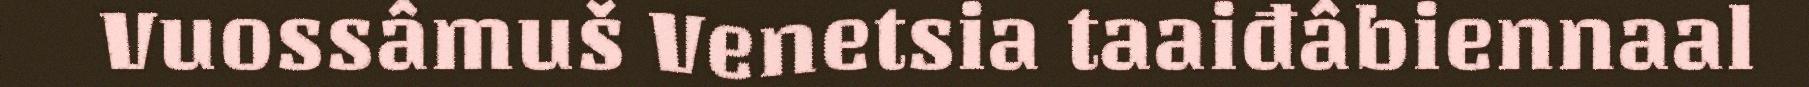
Vuossâmuš Venetsia taaiđâbiennaal